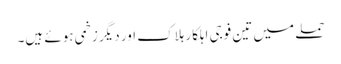
حملے میں تین فوجی اہلکار ہلاک اور دیگر زخمی ہوئے ہیں۔